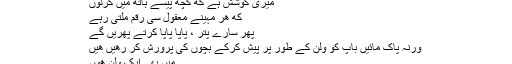
:lol: ++
میری کوشش ہے که کچھ پیسے ہاتھ ميں کرلوں
که هر مہینے معقول سی رقم ملتی رہے
پھر سارے پتر ، پاپا پاپا کرتے پھریں گے
ورنہ پاک مائیں باپ کو ولن کے طور پر پیش کرکے بچوں کی پرورش کر رهیں هیں
میں بھی ایک ولن هوں
ہمارے نوزائدہ بلاگ پر آپکے وزٹ کا بہت بہت شکریہ ۔